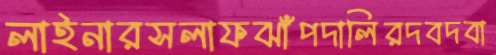
লাইনারসলাফঝাঁপদালিরদবদবা